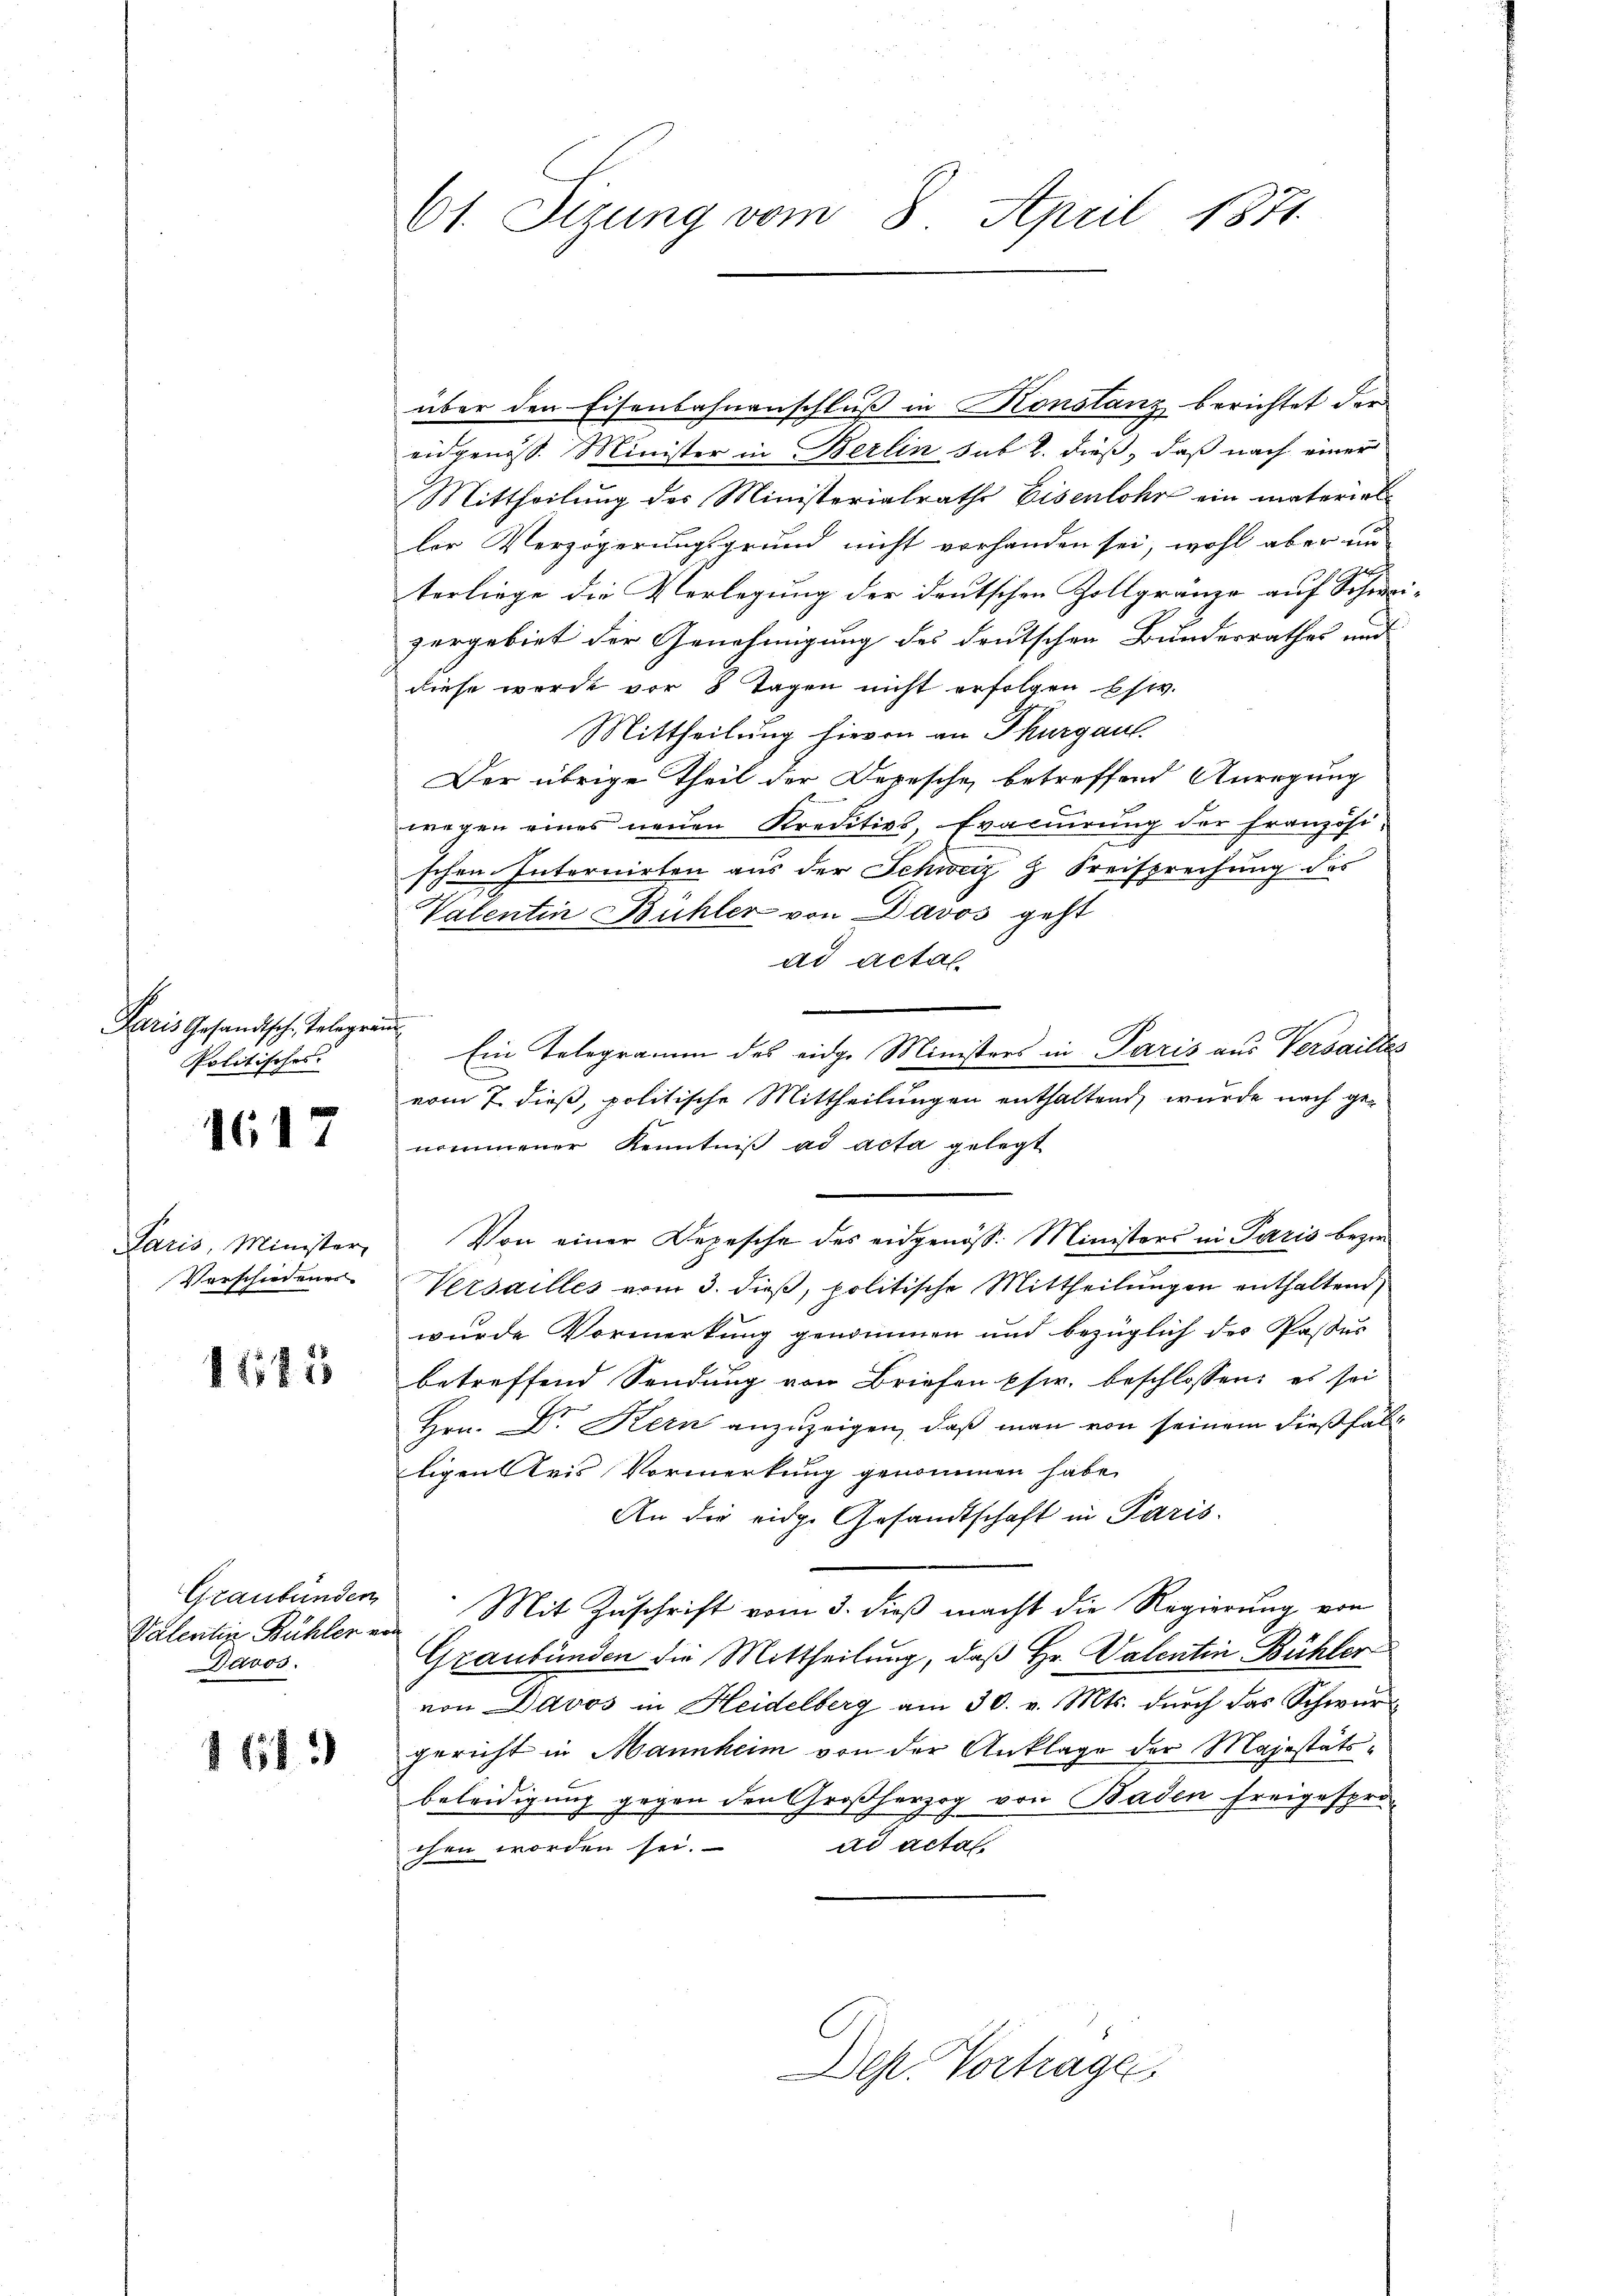
Paris Gesandtsch. Telegram
Politisches.

1617

Paris, Minister
Verschiedener

1185

Graubünden
Davos.

1613

61. Sizung vom 8. April 1871.

über den Eisenbahnenschluß in Konstanz berichtet der
eidgenöss. Minister in Berlin sub b. dieß, daß nach einer
Mittheilung des Ministerialrathe Eisenlohr ein material-
lie Verzögerungsgrund nicht vorhanden sei, wohl aber un

terliege die Verlegung der deutschen Zollgränze auf Schwei
zergebiet der Genehmigung des deutschen Bundesrathes und
diese werde vor 8 Tagen nicht erfolgen bzw.
Mittheilung hievon an Thurgau.
Der übrige Theil der Depesche betreffend Anregung
wegen eines neuen Kreditivs, Evacirung der französi-
schen Internirten aus der Schweiz Z Kreisprechung des
Valentin Bühler von Davos geht
ad actal
Ein Telegramm des eidge Ministers in Paris aus Versailles
vom 7. dieß, politische Mittheilungen enthaltend, wurde nach genommener Kenntniβ ad acta gelegt
Von einer Depesche des eidgenöss. Ministers in Paris bezie¬
Versailles vom 3. dieß, politische Mittheilungen enthaltend
wurde Vormerkung genommen und bezüglich des Passus
betreffend Sendung von Briefen Pfr. beschlossen: es sei
Hrn. Dr. Kern anzuzeigen, daß man von seinem dießfall
ligen Kris Vormerkung genommen habe.
An die eidge Gesandtschaft in Paris.
Valentin Bühler von Mit Zuschrift vom 3. dieß macht die Regierung von
Graubünden die Mittheilung, daß Hr. Valentin Bühler
von Davos in Heidelberg am 30. v. Mts. durch das Schwurgericht in Mannheim von der Anklage der Majestätsbeleidigung gegen den Großherzog von Baden Freigespro-
ad actat
chen worden sei.

Dep. Vortrage